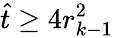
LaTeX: \hat{t}\ge 4r_{k-1}^{2}